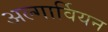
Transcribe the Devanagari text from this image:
अल्गार्वियन